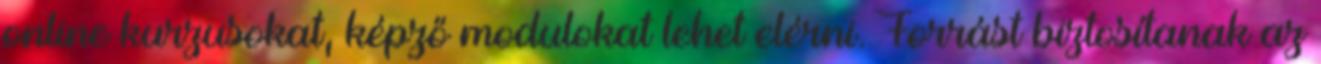
online kurzusokat, képző modulokat lehet elérni. Forrást biztosítanak az